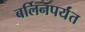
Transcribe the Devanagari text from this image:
बर्लिनपर्यंत